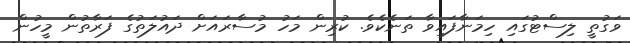
ވަގުތީ ލިސްޓުގައި ހިމަނާފައިވާ ތަނެކެވެ. ކުރިން މަހު މުސާރައަށް ދައުލަތުގެ ފަރާތުން މީހުން